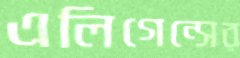
এলিগেন্সের